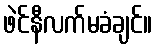
ဖဲင်နီလက်မခံချင်။